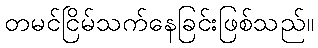
တမင်ငြိမ်သက်နေခြင်းဖြစ်သည်။